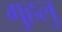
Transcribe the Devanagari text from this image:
गुहलु